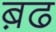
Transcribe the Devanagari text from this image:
ब़ढ